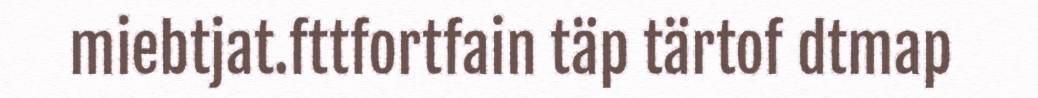
miebtjat.fttfortfain täp tärtof dtmap